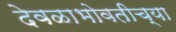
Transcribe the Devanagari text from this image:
देवळाभोवतीच्या